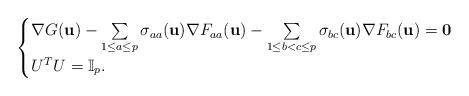
LaTeX: \begin{align*}\begin{cases}\nabla G({\bf u})-\sum\limits_{1\leq a\leq p}\sigma_{aa}({\bf u})\nabla F_{aa}({\bf u})-\sum\limits_{1\leq b< c\leq p}\sigma_{bc}({\bf u})\nabla F_{bc}({\bf u})={\bf 0} \\U^TU=\mathbb{I}_p.\end{cases}\end{align*}